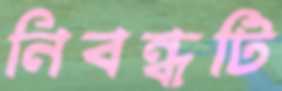
নিবন্ধটি